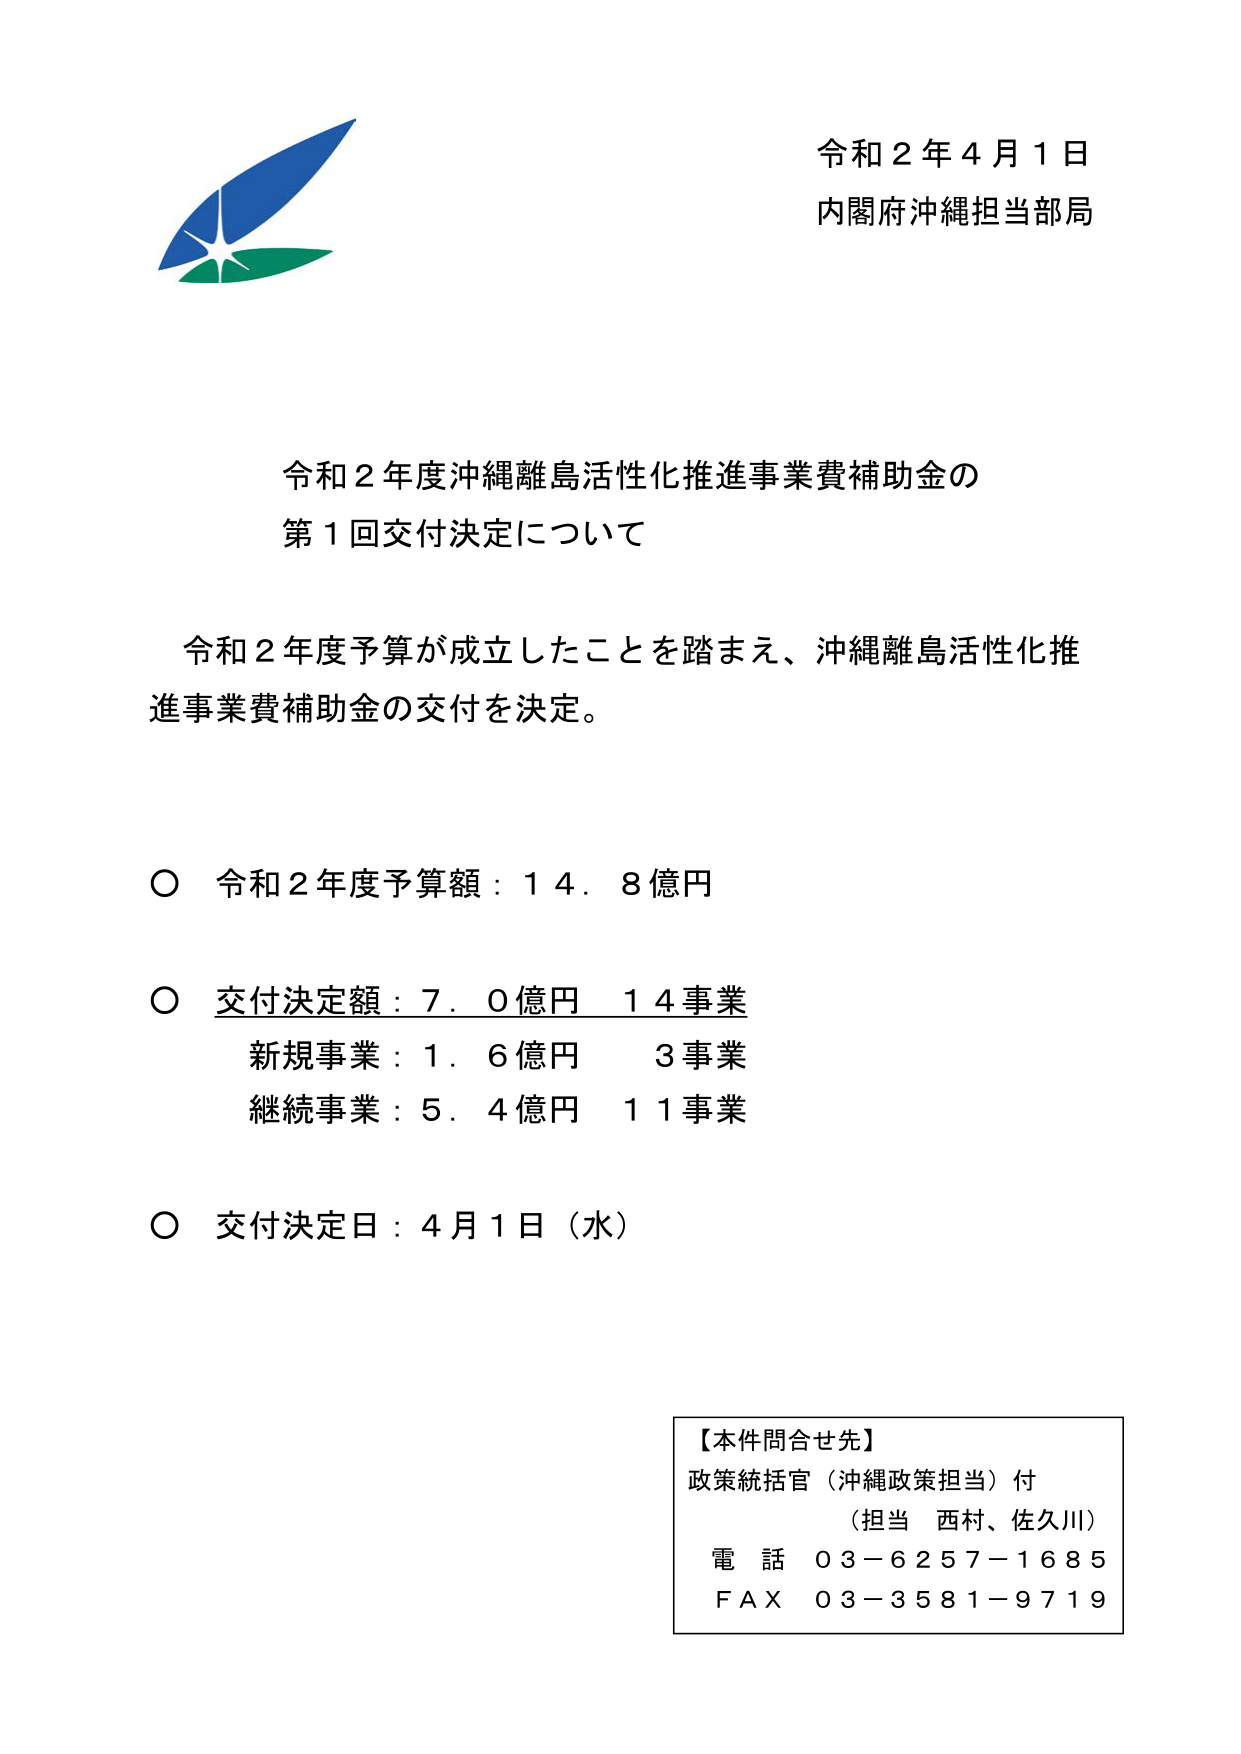
令和２年４月１日
内閣府沖縄担当部局

令和２年度沖縄離島活性化推進事業費補助金の
第１回交付決定について

令和２年度予算が成立したことを踏まえ、沖縄離島活性化推進事業費補助金の交付を決定。

○ 令和２年度予算額：１４．８億円

○ 交付決定額：７．０億円 １４事業
　　新規事業：１．６億円　３事業
　　継続事業：５．４億円　１１事業

○ 交付決定日：４月１日（水）

【本件問合せ先】
政策統括官（沖縄政策担当）付
　（担当　西村、佐久川）
　電話　０３－６２５７－１６８５
　ＦＡＸ　０３－３５８１－９７１９